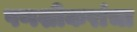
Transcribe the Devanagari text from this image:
पणशीकरांचा